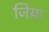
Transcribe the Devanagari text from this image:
जिय़ा